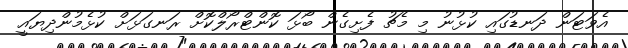
އެވަޓަން ދަނޑުގައި ކުޅުނު މި މެޗު ފެށިގެން ބޯޅަ ކޮންޓްރޯލްކޮށް ރަނގަޅަށް ކުޅެމުންދިޔައީ